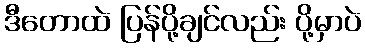
ဒီတောထဲ ပြန်ပို့ချင်လည်း ပို့မှာပဲ